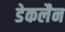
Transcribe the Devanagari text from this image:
डेकलैन